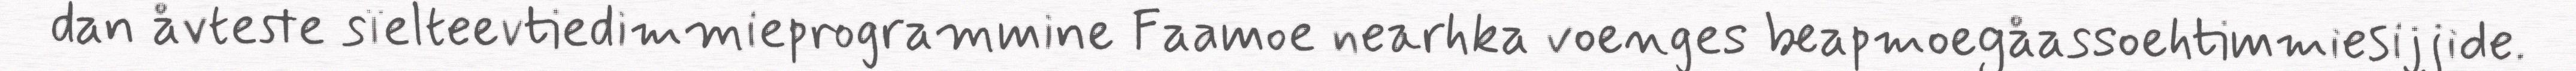
dan åvteste sïelteevtiedimmieprogrammine Faamoe nearhka voenges beapmoegåassoehtimmiesijjide.